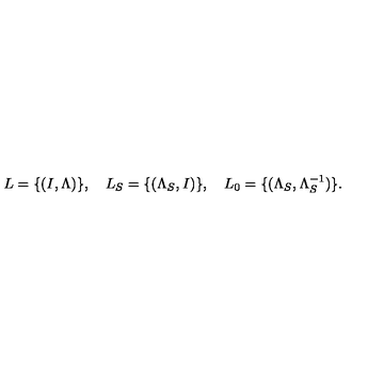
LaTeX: L = \{ ( I , \Lambda ) \} , \quad L _ { S } = \{ ( \Lambda _ { S } , I ) \} , \quad L _ { 0 } = \{ ( \Lambda _ { S } , \Lambda _ { S } ^ { - 1 } ) \} .